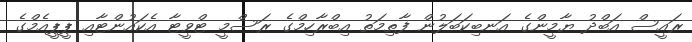
ރައީސް އަބްދު ޔާމީންގެ އަނބިކަބަލުން ފާތިމަތު އިބްރާހިމްގެ ރަސްމީ ޓްވީޓާ އެކައުންޓާއި ޕީޕީއެމްގެ